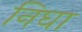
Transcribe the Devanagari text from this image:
निघा